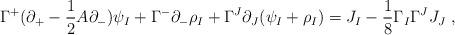
\begin{align*}\Gamma^+ ( \partial_+ - \frac{1}{2} A \partial_- ) \psi_I + \Gamma^- \partial_- \rho_I + \Gamma^J \partial_J (\psi_I + \rho_I) = J_I - \frac{1}{8} \Gamma_I \Gamma^J J_J ~,\end{align*}